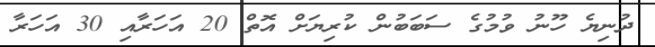
ދުނިޔެ ހޫނު ވުމުގެ ސަބަބުން ކުރިޔަށް އޮތް 20 އަހަރާއި 30 އަހަރާ